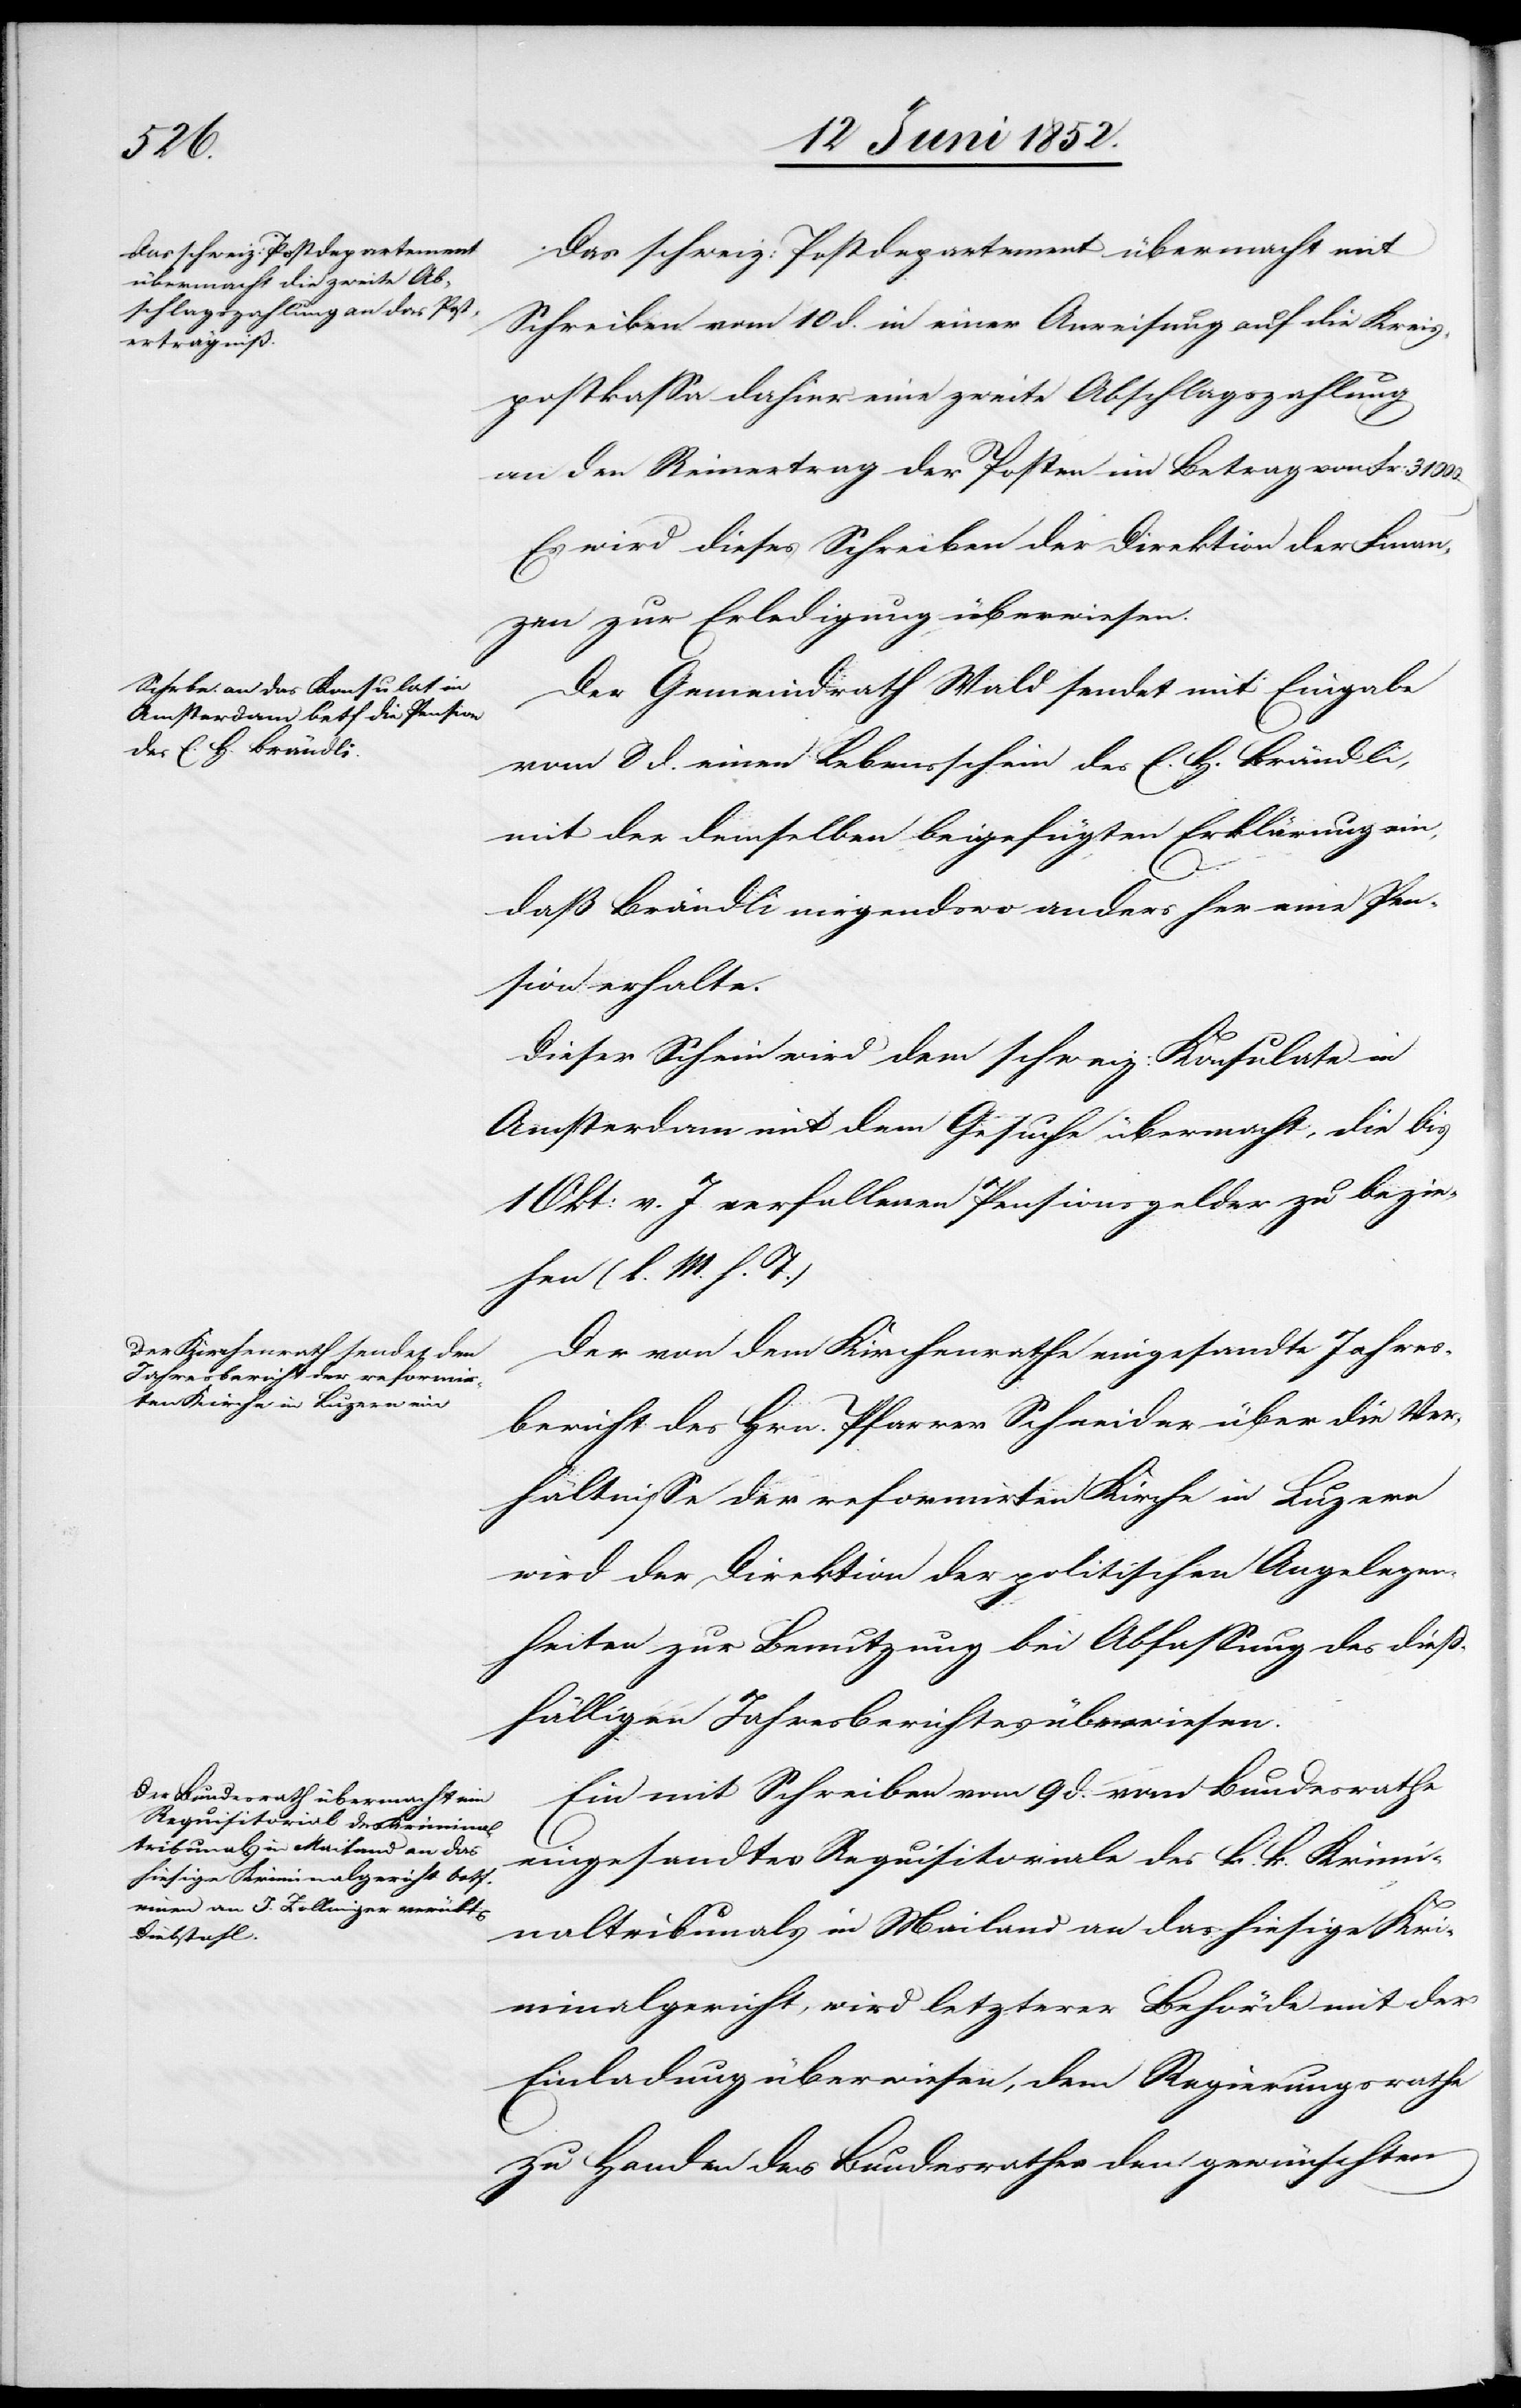
Das schweiz: Postdepartement übermacht mit
Schreiben vom 10 d. in einer Anweisung auf die Kreis¬
postkassa dahier eine zweite Abschlagszahlung
an den Reinertrag der Posten im Betrag von Fr: 31 000.
Es wird dieses Schreiben der Direktion der Finan¬
zen zur Erledigung überwiesen.
Der Gemeindrath Wald sendet mit Eingabe
vom 8 d. einen Lebensschein des E. H. Brändli,
mit der demselben beigefügten Erklärung ein,
daß Brändli nirgendswo anders her eine Pen¬
sion erhalte.
Dieser Schein wird dem schweiz: Konsulate in
Amsterdam mit dem Gesuche übermacht, die bis
1 Okt: v. J. verfallenen Pensionsgelder zu bezie¬
hen (l. M. h. T.)
Der von dem Kirchenrathe eingesandte Jahres¬
bericht des Hrn. Pfarrer Schneider über die Ver¬
hältnisse der reformirten Kirche in Luzern
wird der Direktion der politischen Angelegen¬
heiten zur Benutzung bei Abfassung des diess¬
fälligen Jahresberichtes überwiesen.
Ein mit Schreiben vom 9 d. vom Bundesrathe
eingesandtes Requisitoriale des k. k. Krimi¬
naltribunals in Mailand an das hiesige Kri¬
minalgericht, wird letzterer Behörde mit der
Einladung überwiesen, dem Regierungsrathe
zu Handen des Bundesrathes den gewünschten